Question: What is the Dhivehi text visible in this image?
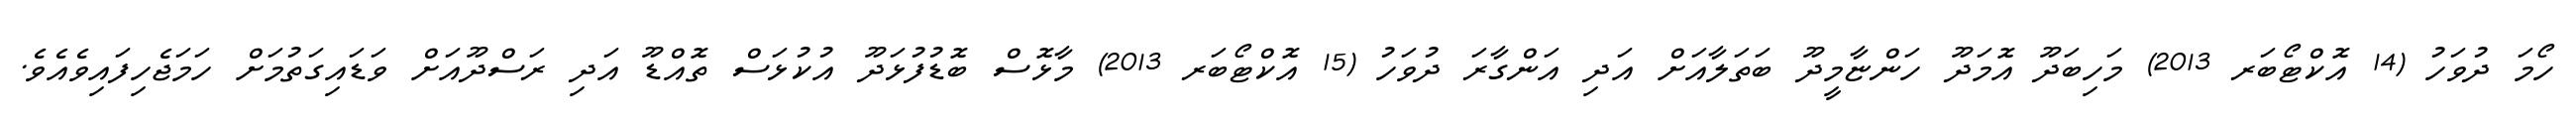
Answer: ހޯމަ ދުވަހު (14 އޮކްޓޯބަރ 2013) މަހިބަދޫ އޮމަދޫ ހަންޏާމީދޫ ބަތަލާއަށް އަދި އަންގާރަ ދުވަހު (15 އޮކްޓޯބަރ 2013) މާޅޮސް ބޮޑުފުޅަދޫ އުކުޅަސް ތޮއްޑޫ އަދި ރަސްދޫއަށް ވަޑައިގަތުމަށް ހަމަޖެހިފައިވެއެވެ.